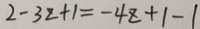
2 - 3 z + 1 = - 4 z + 1 - 1